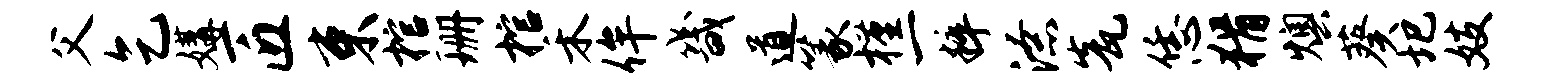
父乞媾匠束棺珊棺禾侔畿道篆槿一粹潦瓮恁猾燠葵圯妓